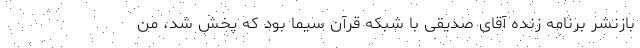
بازنشر برنامه زنده آقای صدیقی با شبکه قرآن سیما بود که پخش شد، من